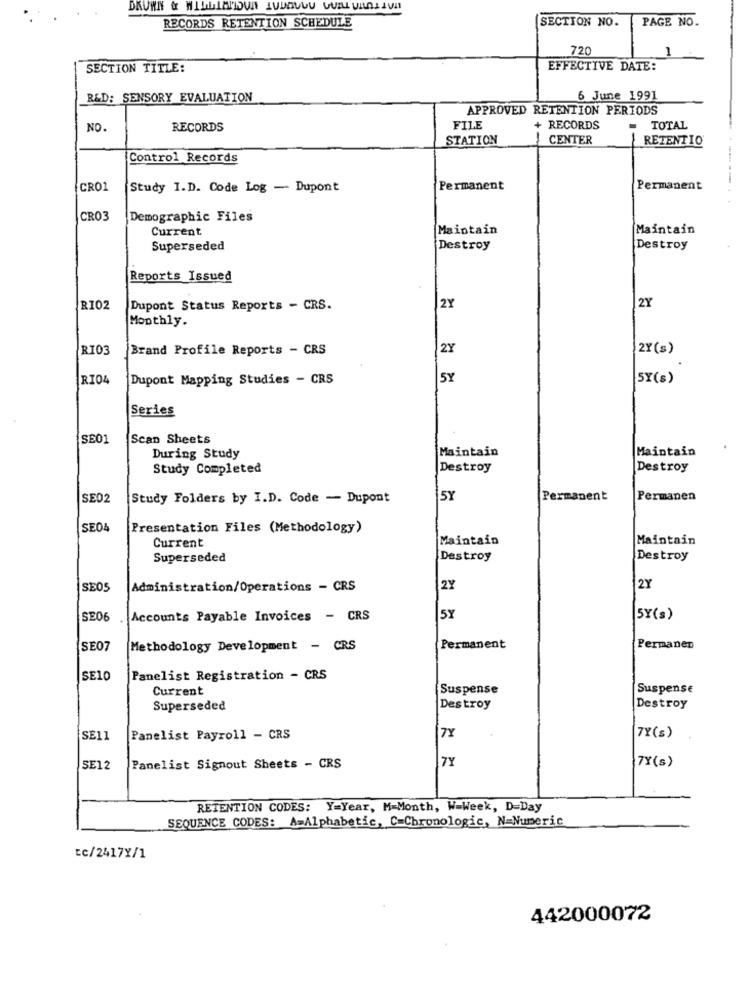
SECTION NO.
PAGE NO.
RECORDS RETENTION SCHEDULE
720
1
SECTION TITLE:
EFFECTIVE DATE:
R&D: SENSORY EVALUATION
6 June 1991
APPROVED RETENTION PERIODS
NO.
RECORDS
FILE
+ RECORDS
TOTAL
STATION
CENTER
RETENTIO
Control Records
CRO1
Study I.D. Code Log - Dupont
Permanent
Permanent
CR03
Demographic Files
Current
Maintain
Maintain
Superseded
Destroy
Destroy
Reports Issued
2Y
RI02
Dupont Status Reports - CRS.
2Y
Monthly.
RI03
Brand Profile Reports - CRS
2Y
2Y(s)
RIO4
Dupont Mapping Studies - CRS
5Y
SY(s)
Series
SE01
Scan Sheets
Maintain
Maintain
During Study
Study Completed
Destroy
Destroy
SE02
Study Folders by I.D. Code - Dupont
5Y
Permanent
Permanen
SE04
Presentation Files (Methodology)
Maintain
Maintain
Current
Superseded
Destroy
Destroy
SE05
Administration/Operations - CRS
2Y
2Y
SE06
Accounts Payable Invoices - CRS
5Y
5Y(s)
SE07
Methodology Development - CRS
Permanent
Permanen
SE10
Panelist Registration - CRS
Current
Suspense
Suspense
Superseded
Destroy
Destroy
SE11
Panelist Payroll - CRS
7Y
7Y(s)
7Y
7Y(s)
SE12
Panelist Signout Sheets - CRS
RETENTION CODES: Y=Year, M-Month, W-Week, D=Day
SEQUENCE CODES: A=Alphabetic, C=Chronologic, N=Numeric
tc/2417Y/1
442000072